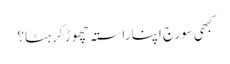
کبھی سورج اپنا راستہ چھوڑ کر ہٹا؟